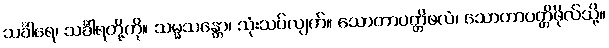
သင်္ခါရေ၊ သင်္ခါရတို့ကို။ သမ္မသန္တော၊ သုံးသပ်လျက်။ သောတာပတ္တိဖလံ၊ သောတာပတ္တိဖိုလ်သို့။